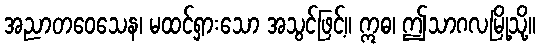
အညာတဝေသေန၊ မထင်ရှားသော အသွင်ဖြင့်။ ဣဓ၊ ဤသာဂလမြို့သို့။